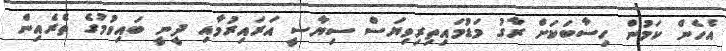
އެހެން ކަމުން ހިސާބަކަށް ރާގު މަޑުމައިތިރިވިޔަސް ސިޔާސީ އަރައިރުމާއި ދީނީ ބައިވުމުގެ ތެރެއިން